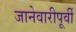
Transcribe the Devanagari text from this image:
जानेवारीपूर्वी